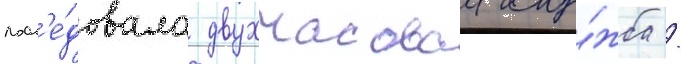
посл'е́довала двухчасоваа слу́жба /